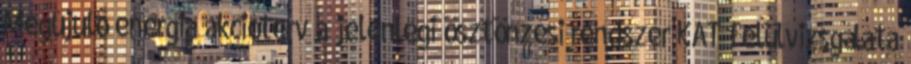
Megújuló energia akcióterv a jelenlegi ösztönzési rendszer KÁT felülvizsgálata